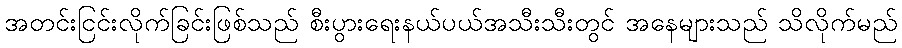
အတင်းငြင်းလိုက်ခြင်းဖြစ်သည် စီးပွားရေးနယ်ပယ်အသီးသီးတွင် အနေများသည် သိလိုက်မည်